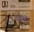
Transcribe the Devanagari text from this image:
वख़्त